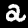
Digit: 2